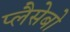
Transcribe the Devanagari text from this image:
प्लैसेबो